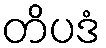
တိပဒံ